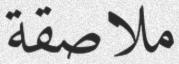
ملاصقة